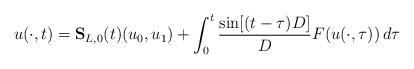
LaTeX: \begin{align*} u(\cdot, t) = \mathbf{S}_{L,0} (t)(u_0,u_1) + \int_0^t \frac{\sin [(t-\tau)D]} {D} F(u(\cdot, \tau))\, d\tau\end{align*}